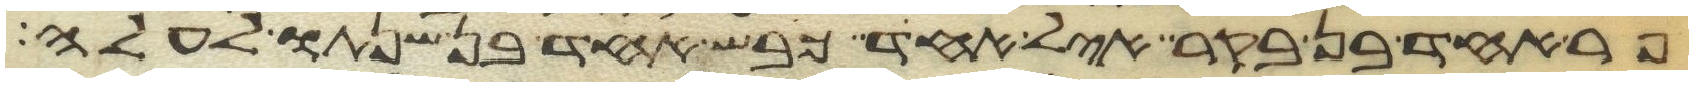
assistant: פר אחד בן בקר איל אחד כבש אחד בן שנתו לעלה